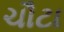
ચૌટા